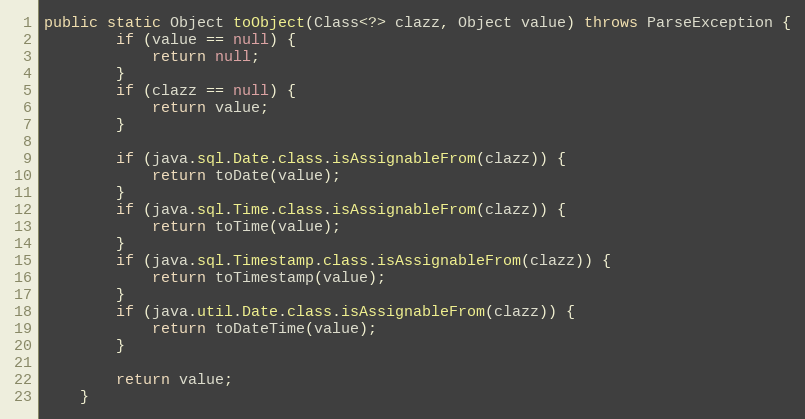
Language: Java
public static Object toObject(Class<?> clazz, Object value) throws ParseException {
        if (value == null) {
            return null;
        }
        if (clazz == null) {
            return value;
        }

        if (java.sql.Date.class.isAssignableFrom(clazz)) {
            return toDate(value);
        }
        if (java.sql.Time.class.isAssignableFrom(clazz)) {
            return toTime(value);
        }
        if (java.sql.Timestamp.class.isAssignableFrom(clazz)) {
            return toTimestamp(value);
        }
        if (java.util.Date.class.isAssignableFrom(clazz)) {
            return toDateTime(value);
        }

        return value;
    }